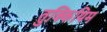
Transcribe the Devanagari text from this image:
तुक्कियिम